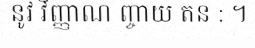
នូវ វិញ្ញាណ ញ្ចាយ តន : ។